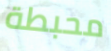
محبطة